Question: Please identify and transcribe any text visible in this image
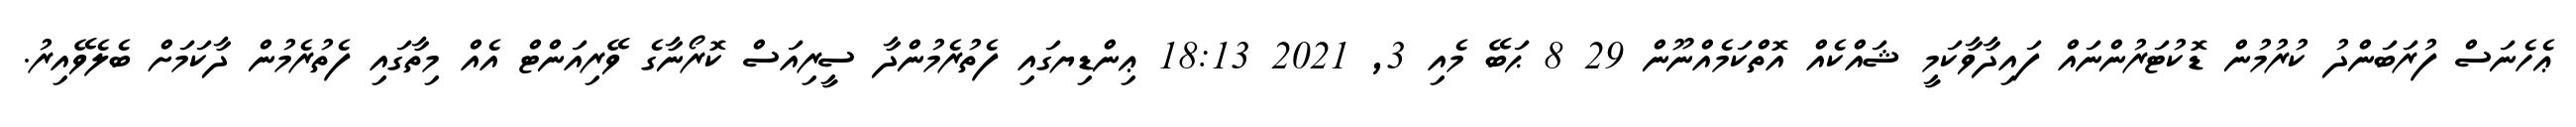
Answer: ޢެހެނަސް ފުރަބަންދު ކުރުމުން ޑޮކުޓަރުންނައް ފައިދާވާކަމީ ޝައްކެއް އޮތްކަމެއްނޫން 29 8 ޙަބޭ މެއި 3, 2021 18:13 ޢިންޑިޔގައި ފެތުރެމުންދާ ސީރިއަސް ކޮރޯނާގެ ވޭރިއަންޓް އެއް މިތާގައި ފެތުރެމުން ދާކަމަށް ބެލެވޭއިރު.